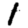
Digit: 1